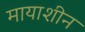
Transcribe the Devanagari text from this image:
मायाशीन